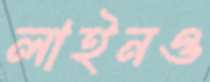
লাইনও